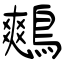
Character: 鷞